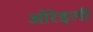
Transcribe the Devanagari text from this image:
ओरेइली